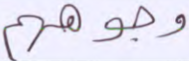
وجوههم